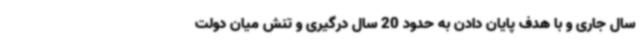
سال جاری و با هدف پایان دادن به حدود 20 سال درگیری و تنش میان دولت